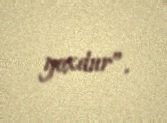
yoxdur”.